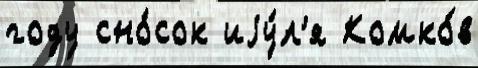
году сно́сок иjу́л'я Комко́в